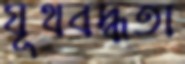
যূথবদ্ধতা